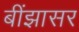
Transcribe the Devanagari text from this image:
बींझासर